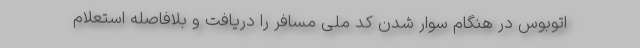
اتوبوس در هنگام سوار شدن کد ملی مسافر را دریافت و بلافاصله استعلام